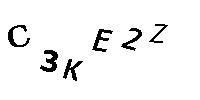
C3KE2Z